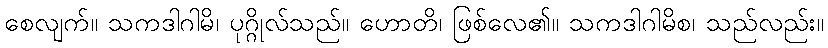
စေလျက်။ သကဒါဂါမိ၊ ပုဂ္ဂိုလ်သည်။ ဟောတိ၊ ဖြစ်လေ၏။ သကဒါဂါမိစ၊ သည်လည်း။